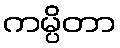
ကမ္ပိတာ